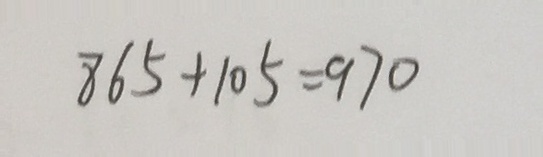
8 6 5 + 1 0 5 = 9 7 0